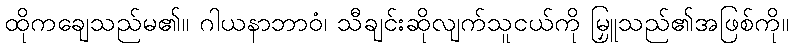
ထိုကချေသည်မ၏။ ဂါယနာဘာဝံ၊ သီချင်းဆိုလျက်သူငယ်ကို မြှူသည်၏အဖြစ်ကို။